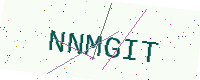
Text: NNMGIT